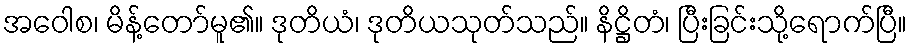
အဝေါစ၊ မိန့်တော်မူ၏။ ဒုတိယံ၊ ဒုတိယသုတ်သည်။ နိဋ္ဌိတံ၊ ပြီးခြင်းသို့ရောက်ပြီ။